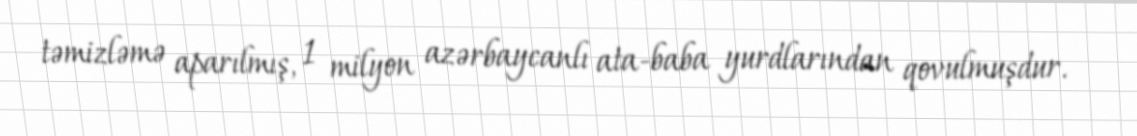
təmizləmə aparılmış, 1 milyon azərbaycanlı ata-baba yurdlarından qovulmuşdur.